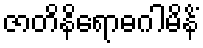
ဇာတိနိရောဓဂါမိနိံ